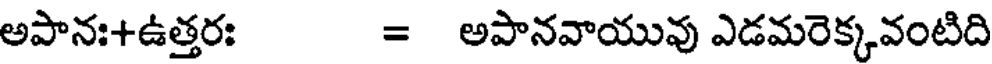
అపానః+ఉత్తరః = అపానవాయువు ఎడమరెక్కవంటిది